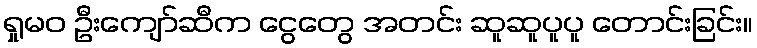
ရှုမဝ ဦးကျော်ဆီက ငွေတွေ အတင်း ဆူဆူပူပူ တောင်းခြင်း။